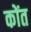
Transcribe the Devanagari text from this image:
कोंत